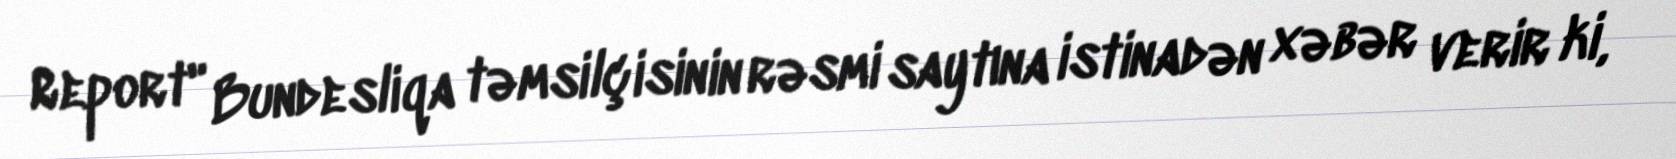
Report" Bundesliqa təmsilçisinin rəsmi saytına istinadən xəbər verir ki,